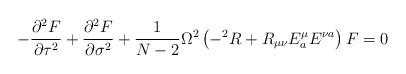
LaTeX: \begin{align*}-\frac{\partial^{2}F}{\partial \tau^{2}} + \frac{\partial^{2}F}{\partial \sigma^{2}} + \frac{1}{N-2}\Omega^{2}\left ( -^{2}R + R_{\mu\nu}E^{\mu}_{a}E^{\nu a}\right ) F = 0\end{align*}